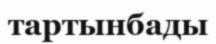
тартынбады